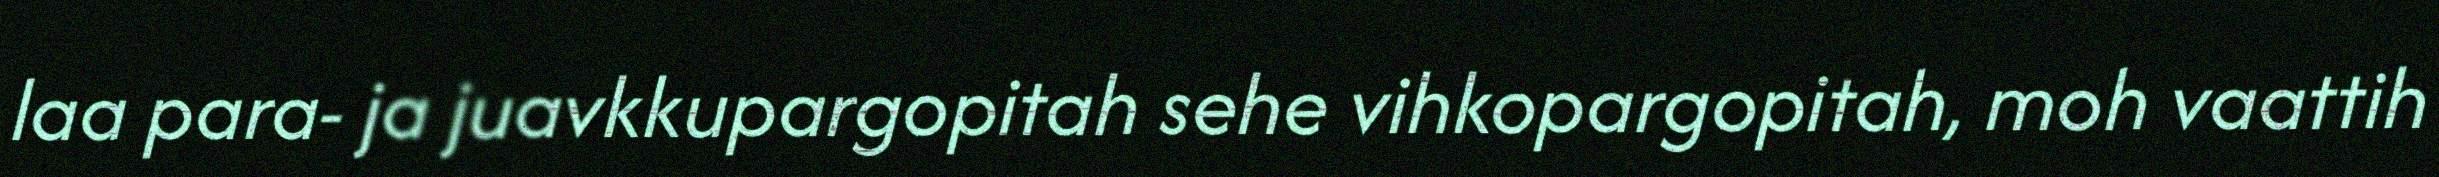
laa para- ja juavkkupargopitah sehe vihkopargopitah, moh vaattih